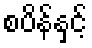
စပိန်နှင့်